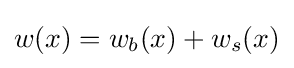
w(x)=w_{b}(x)+w_{s}(x)